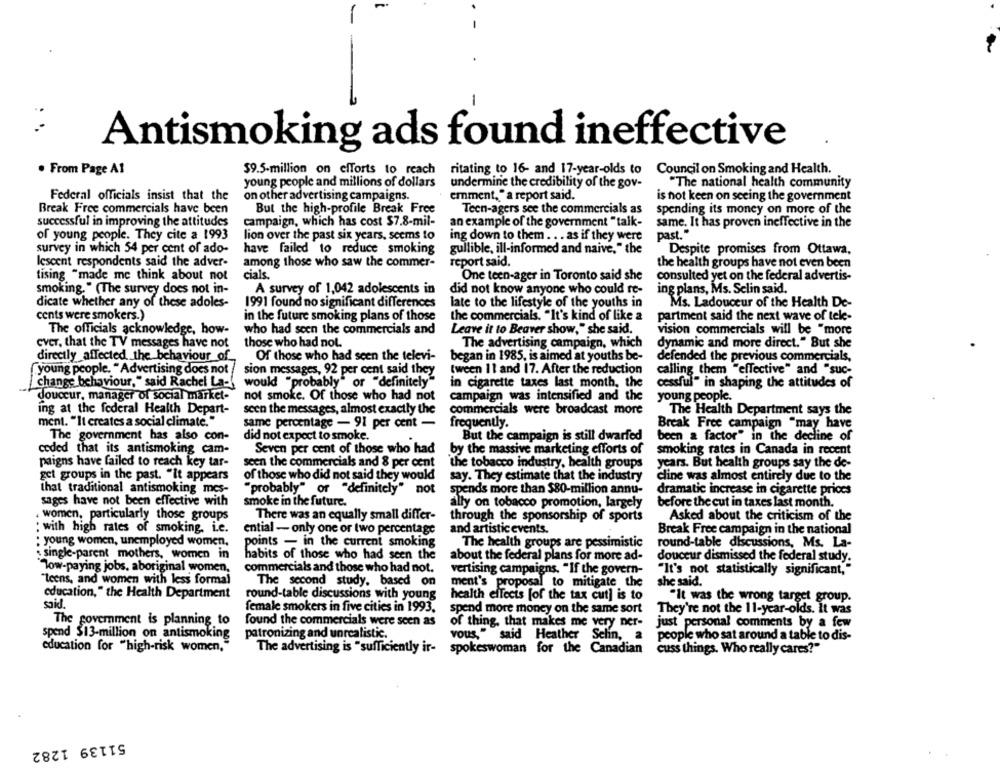
-
Antismoking ads found ineffective
$9.5-million on efforts to reach
ritating to 16- and 17-year-olds to Council on Smoking and Health.
. From Page A1
young people and millions of dollars
undermine the credibility of the gov-
"The national health community
Federal officials insist that the
on other advertising campaigns.
emment, " a report said.
is not keen on seeing the government
Break Free commercials have been
But the high-profile Break Free
Teen-agers see the commercials as
spending its money on more of the
successful in improving the attitudes
campaign, which has cost $7.8-mil-
an example of the government "talk-
same. It has proven ineffective in the
of young people. They cite a 1993
lion over the past six years. seems to
ing down to them . . . as if they were
past."
survey in which 54 per cent of ado-
have failed to reduce smoking
gullible, ill-informed and naive," the
Despite promises from Ottawa,
report said.
lescent respondents said the adver-
among those who saw the commer-
the health groups have not even been
tising "made me think about not
cials .
One teen-ager in Toronto said she
consulted yet on the federal advertis-
smoking. " (The survey does not in-
A survey of 1,042 adolescents in
did not know anyone who could re-
ing plans, Ms. Selin said.
dicate whether any of these adoles-
1991 found no significant differences
late to the lifestyle of the youths in
Ms. Ladouceur of the Health De-
cents were smokers.)
in the future smoking plans of those
the commercials. "It's kind of like a
partment said the next wave of tele-
The officials acknowledge, how-
who had seen the commercials and
Leave it to Beaver show," she said.
vision commercials will be "more
CVET, that the TV messages have not
those who had not.
The advertising campaign, which
dynamic and more direct." But she
directly affected the behaviour_of_
Of those who had seen the televi-
began in 1985, is aimed at youths be-
defended the previous commercials,
tween 11 and 17. After the reduction
young people. "Advertising does not
sion messages, 92 per cent said they
calling them "effective" and "suc-
change behaviour," said Rachel La-
would "probably" or "definitely"
in cigarette taxes last month, the
cessful" in shaping the attitudes of
douceur, manager of social market-
not smoke. Of those who had not
campaign was intensified and the
young people.
ing at the federal Health Depart-
seen the messages, almost exactly the
commercials were broadcast more
The Health Department says the
ment. "It creates a social climate."
frequently.
same percentage - 91 per cent -
Break Free campaign "may have
The government has also con-
did not expect to smoke.
But the campaign is still dwarfed
been a factor" in the decline of
ceded that its antismoking cam-
Seven per cent of those who had
by the massive marketing efforts of
smoking rates in Canada in recent
paigns have failed to reach key tar-
seen the commercials and 8 per cent
`the tobacco industry, health groups
years. But health groups say the de-
get groups in the past. "it appears
of those who did not said they would
say. They estimate that the industry
cline was almost entirely due to the
that traditional antismoking mes-
"probably" or "definitely" not
spends more than $80-million annu-
dramatic increase in cigarette prices
sages have not been effective with
smoke in the future.
ally on tobacco promotion, largely
before the cut in taxes last month.
women, particularly those groups
There was an equally small differ-
through the sponsorship of sports
Asked about the criticism of the
: with high rates of smoking, i.e.
ential - only one or two percentage
and artistic events.
Break Free campaign in the national
: young women, unemployed women,
points - in the current smoking
The health groups are pessimistic
round-table discussions, Ms. La-
single-parent mothers, women in
habits of those who had seen the
about the federal plans for more ad-
douceur dismissed the federal study.
Tow-paying jobs, aboriginal women,
commercials and those who had not.
vertising campaigns. "If the govern-
"It's not statistically significant,"
"teens, and women with less formal
The second study, based on
ment's proposal to mitigate the
she said.
education," the Health Department
round-table discussions with young
health effects [of the tax cut] is to
"It was the wrong target group.
said.
female smokers in five cities in 1993.
spend more money on the same sort
They're not the 11-year-olds. It was
The government is planning to
found the commercials were seen as
of thing, that makes me very ner-
just personal comments by a few
spend $13-million on antismoking
patronizing and unrealistic.
vous," said Heather Selin, a
people who sat around a table to dis-
education for "high-risk women,"
The advertising is "sufficiently ir-
spokeswoman for the Canadian
cuss things. Who really cares?"
51139 1282